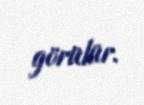
görülür.